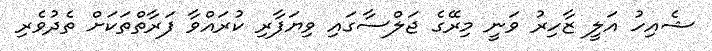
ޝެއިހު އަލީ ޒާހިރު ވަނީ މިރޭގެ ޖަލްސާގައި ވިޔަފާރި ކުރައްވާ ފަރާތްތަކަށް ތެދުވެރި